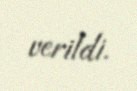
verildi.